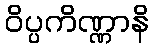
ဝိပ္ပကိဏ္ဏာနိ